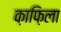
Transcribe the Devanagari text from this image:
क़ाफ़िला